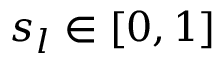
s _ { l } \in [ 0 , 1 ]